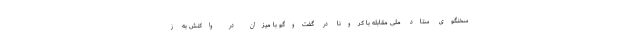
سخنگوی ستاد ملی مقابله با کرونا در گفت‌وگو با میزان در واکنش به ز